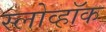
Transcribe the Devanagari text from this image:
स्लोव्हॉक